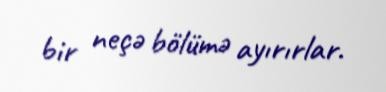
bir neçə bölümə ayırırlar.